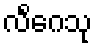
လိင်္ဂေသု